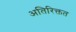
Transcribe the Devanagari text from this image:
अतिरिक्तत